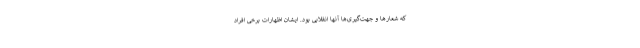
که شعارها و جهت‌گیری‌ها آنها انقلابی بود. ایشان اظهارات برخی افراد